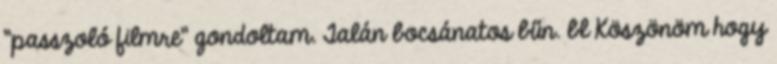
"passzoló filmre" gondoltam. Talán bocsánatos bűn. bl Köszönöm hogy